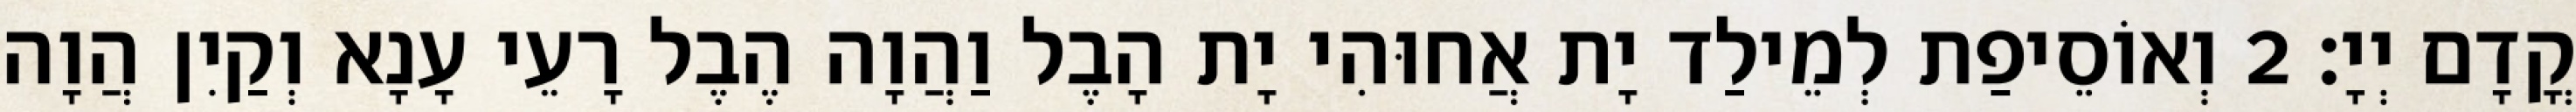
קֳדָם יְיָ׃ 2 וְאוֹסֵיפַת לְמֵילַד יָת אֲחוּהִי יָת הָבֶל וַהֲוָה הֶבֶל רָעֵי עָנָא וְקַיִן הֲוָה